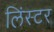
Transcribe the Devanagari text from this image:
लिंस्टर